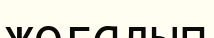
жоғалып